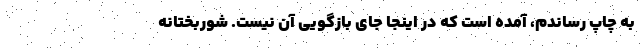
به چاپ رساندم، آمده است که در اینجا جای بازگویی آن نیست. شوربختانه